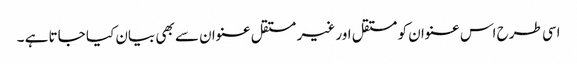
اسی طرح اس عنوان کو مستقل اور غیر مستقل عنوان سے بھی بیان کیا جاتا ہے ۔